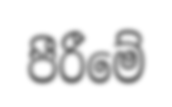
පීරීමේ